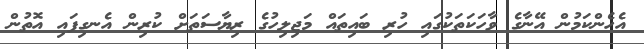
އެހެންކަމުން އޭނާގެ ވާހަކަތަކުގައި ހުރި ބައިތައް މަޖިލިހުގެ ރިޔާސަތަށް ކުރިން އެނގިފައި އޮތުން